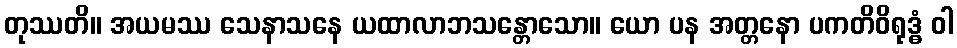
တုဿတိ။ အယမဿ သေနာသနေ ယထာလာဘသန္တောသော။ ယော ပန အတ္တနော ပကတိဝိရုဒ္ဓံ ဝါ